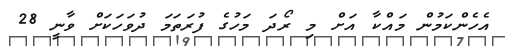
އެހެންކަމުން މައްކާ އަށް މި ރޯދަ މަހުގެ ފުރަތަމަ ދުވަހަކަށް ވާނީ 28